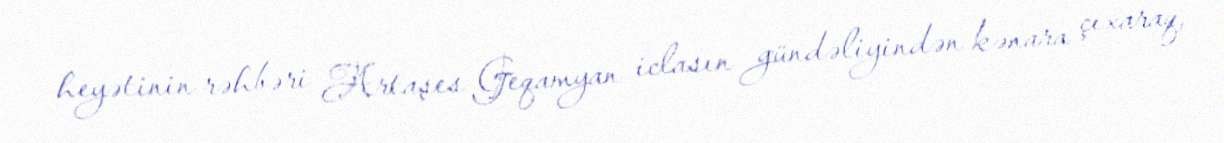
heyətinin rəhbəri Artaşes Geqamyan iclasın gündəliyindən kənara çıxaraq,